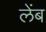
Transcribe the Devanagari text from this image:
लेंब